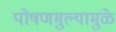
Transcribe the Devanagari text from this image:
पोषणमुल्यामुळे